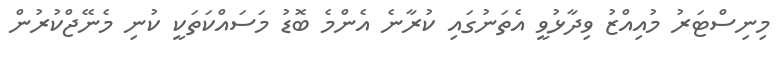
މިނިސްޓަރު މުއިއްޒު ވިދާޅުވީ އެތަނުގައި ކުރާނެ އެންމެ ބޮޑު މަސައްކަތަކީ ކުނި މެނޭޖްކުރުން